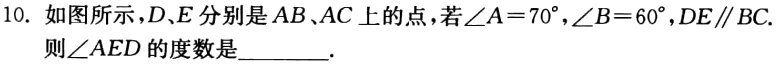
10. 如图所示，\(D\)、\(E\)分别是\(AB\)、\(AC\)上的点，若\(\angle A = 70^{\circ}\)，\(\angle B = 60^{\circ}\)，\(DE\parallel BC\)，则\(\angle AED\)的度数是________.